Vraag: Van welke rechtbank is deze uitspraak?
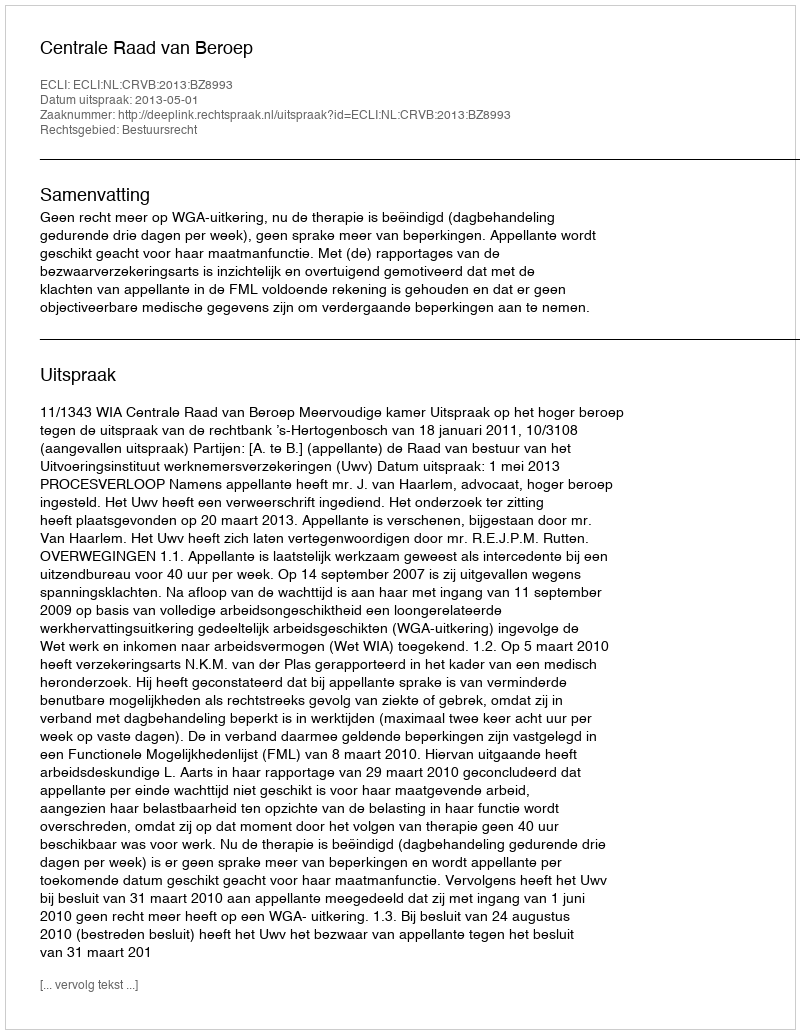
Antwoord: Centrale Raad van Beroep